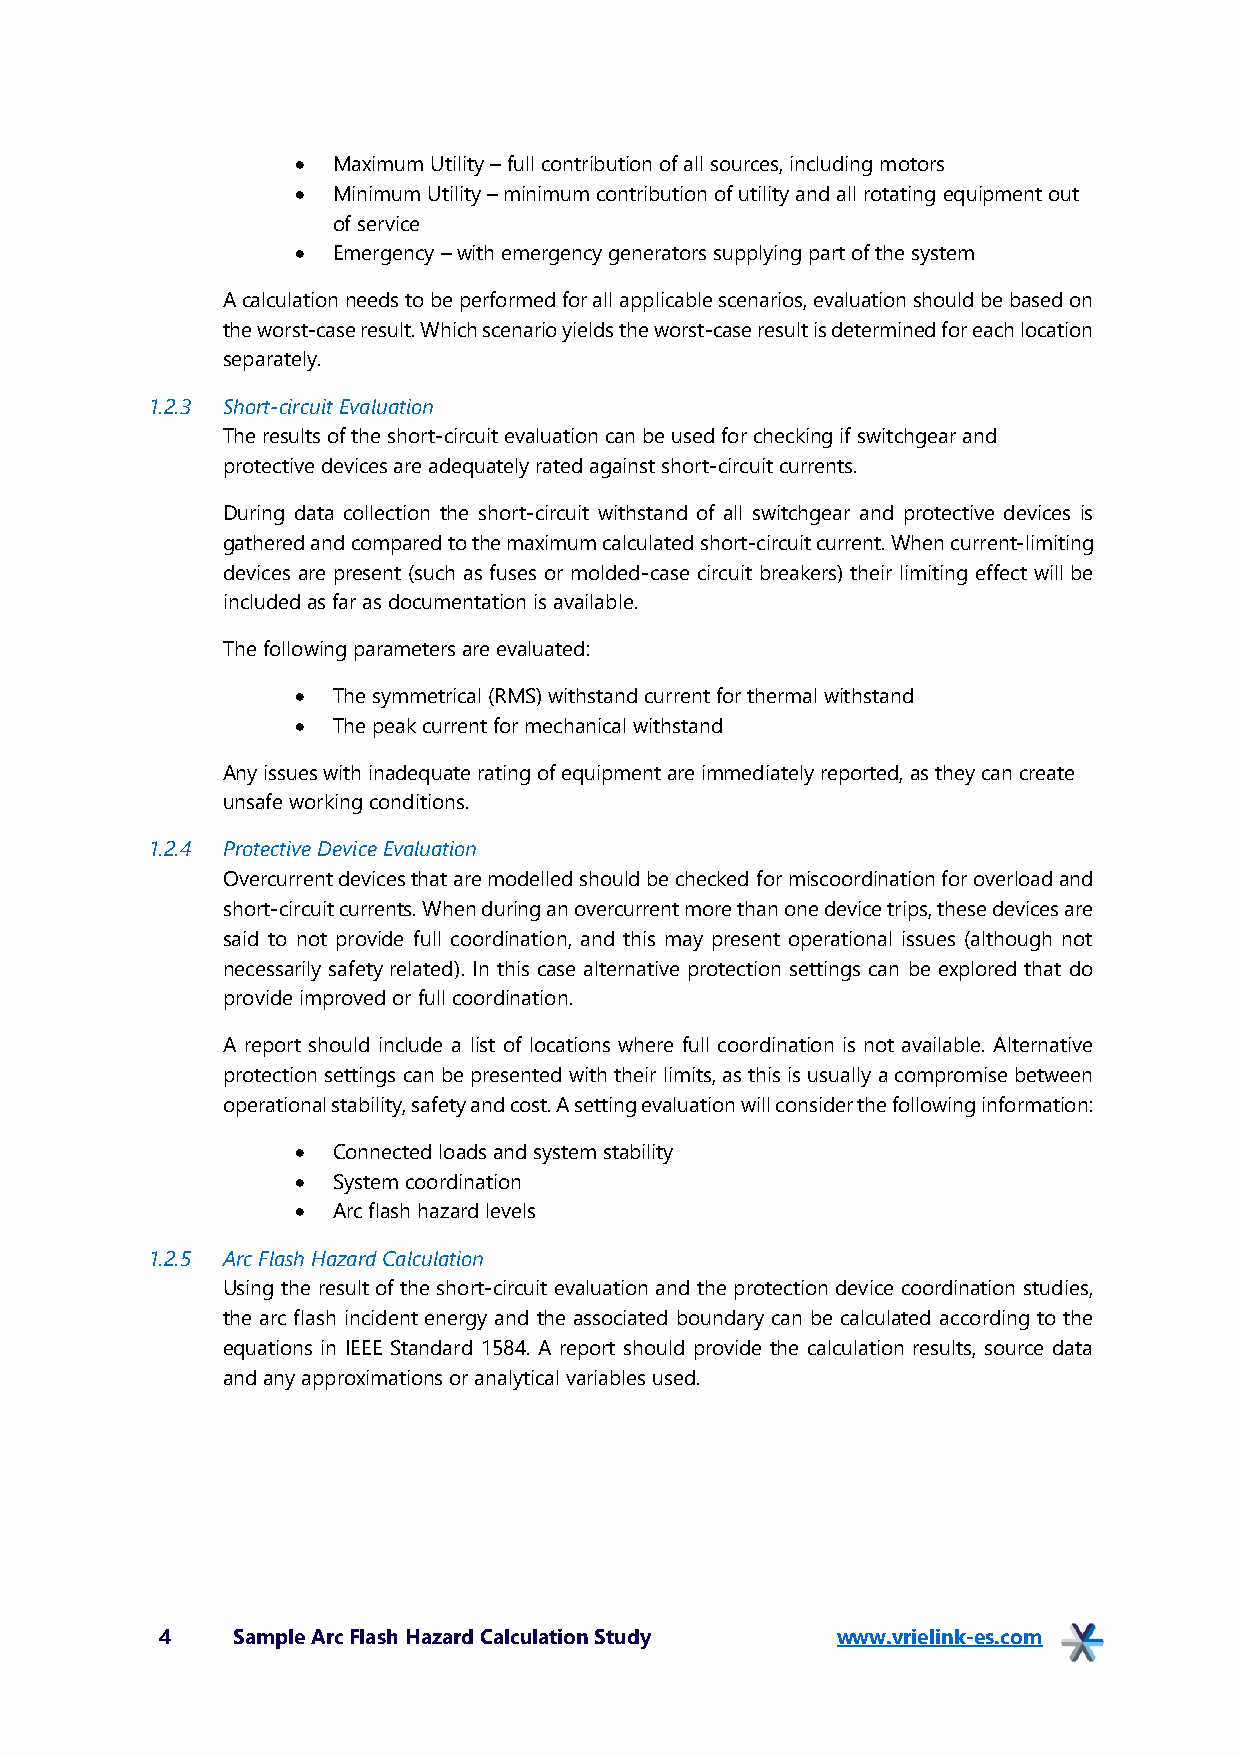
• Maximum Utility – full contribution of all sources, including motors
 • Minimum Utility – minimum contribution of utility and all rotating equipment out
 of service
 • Emergency – with emergency generators supplying part of the system
 A calculation needs to be performed for all applicable scenarios, evaluation should be based on
 the worst-case result. Which scenario yields the worst-case result is determined for each location
 separately.
 1.2.3 Short-circuit Evaluation
 The results of the short-circuit evaluation can be used for checking if switchgear and
 protective devices are adequately rated against short-circuit currents.
 During data collection the short-circuit withstand of all switchgear and protective devices is
 gathered and compared to the maximum calculated short-circuit current. When current-limiting
 devices are present (such as fuses or molded-case circuit breakers) their limiting effect will be
 included as far as documentation is available.
 The following parameters are evaluated:
 • The symmetrical (RMS) withstand current for thermal withstand
 • The peak current for mechanical withstand
 Any issues with inadequate rating of equipment are immediately reported, as they can create
 unsafe working conditions.
 1.2.4 Protective Device Evaluation
 Overcurrent devices that are modelled should be checked for miscoordination for overload and
 short-circuit currents. When during an overcurrent more than one device trips, these devices are
 said to not provide full coordination, and this may present operational issues (although not
 necessarily safety related). In this case alternative protection settings can be explored that do
 provide improved or full coordination.
 A report should include a list of locations where full coordination is not available. Alternative
 protection settings can be presented with their limits, as this is usually a compromise between
 operational stability, safety and cost. A setting evaluation will consider the following information:
 • Connected loads and system stability
 • System coordination
 • Arc flash hazard levels
 1.2.5 Arc Flash Hazard Calculation
 Using the result of the short-circuit evaluation and the protection device coordination studies,
 the arc flash incident energy and the associated boundary can be calculated according to the
 equations in IEEE Standard 1584. A report should provide the calculation results, source data
 and any approximations or analytical variables used.
 4   Sample Arc Flash Hazard Calculation Study www.vrielink-es.com